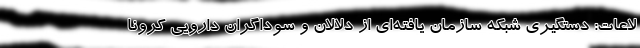
لاعات: دستگیری شبکه سازمان یافته‌ای از دلالان و سوداگران دارویی کرونا